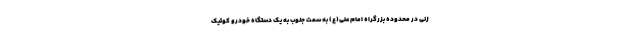
زنی در محدوده بزرگراه امام علی(ع) به سمت جنوب به یک دستگاه خودرو کوئیک